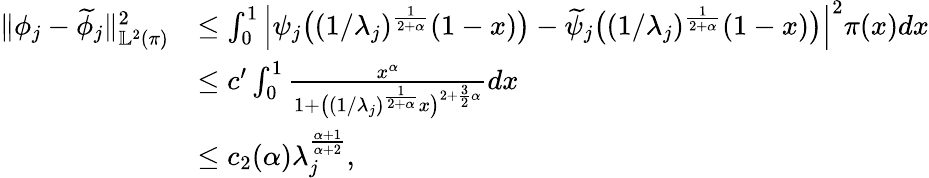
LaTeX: \begin{array}{rl}{\| \phi_{j}-\widetilde{\phi}_{j}\| _{\mathbb{L}^{2}(\pi)}^{2}}&{\leq\int_{0}^{1}\left|\psi_{j}\big((1/\lambda_{j})^{\frac{1}{2+\alpha}}(1-x)\big)-\widetilde{\psi}_{j}\big((1/\lambda_{j})^{\frac{1}{2+\alpha}}(1-x)\big)\right|^{2}\pi(x)dx}\\ &{\leq c^{\prime}\int_{0}^{1}\frac{x^{\alpha}}{1+\big((1/\lambda_{j})^{\frac{1}{2+\alpha}}x\big)^{2+\frac{3}{2}\alpha}}dx}\\ &{\leq c_{2}(\alpha)\lambda_{j}^{\frac{\alpha+1}{\alpha+2}},}\end{array}